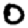
Digit: 0